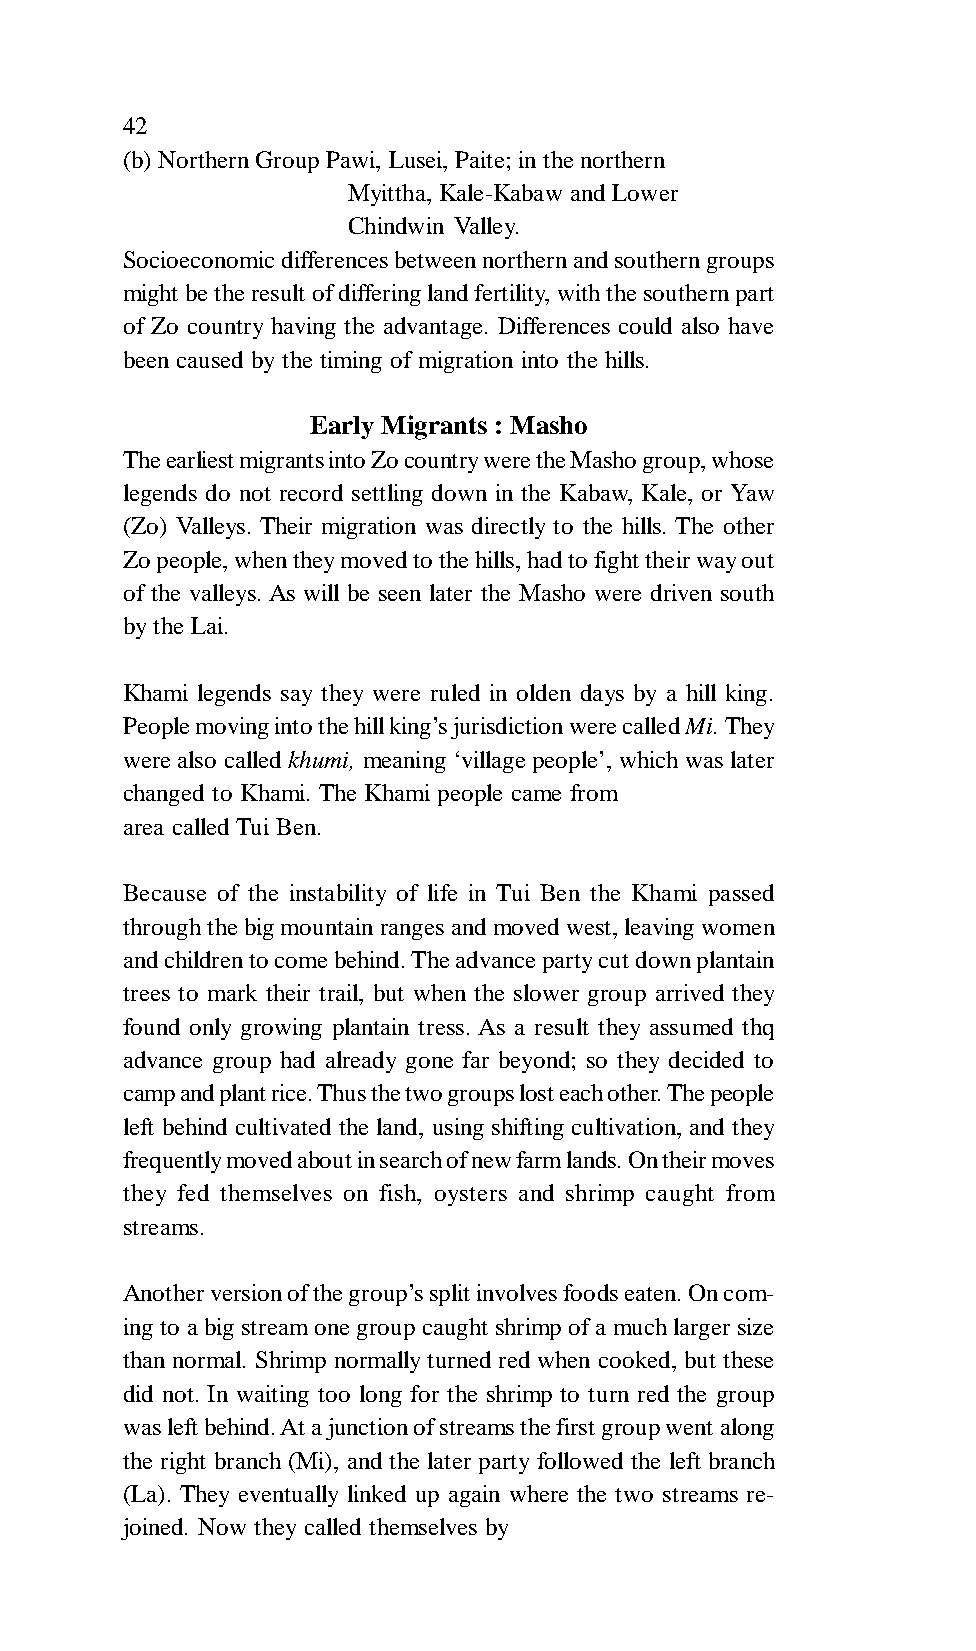
42
 (b) Northern Group Pawi, Lusei, Paite; in the northern
 Myittha, Kale-Kabaw and Lower
 Chindwin Valley.
 Socioeconomic differences between northern and southern groups
 might be the result of differing land fertility, with the southern part
 of Zo country having the advantage. Differences could also have
 been caused by the timing of migration into the hills.
 Early Migrants : Masho
 The earliest migrants into Zo country were the Masho group, whose
 legends do not record settling down in the Kabaw, Kale, or Yaw
 (Zo) Valleys. Their migration was directly to the hills. The other
 Zo people, when they moved to the hills, had to fight their way out
 of the valleys. As will be seen later the Masho were driven south
 by the Lai.
 Khami legends say they were ruled in olden days by a hill king.
 People moving into the hill king’s jurisdiction were called Mi. They
 were also called khumi, meaning ‘village people’, which was later
 changed to Khami. The Khami people came from
 area called Tui Ben.
 Because of the instability of life in Tui Ben the Khami passed
 through the big mountain ranges and moved west, leaving women
 and children to come behind. The advance party cut down plantain
 trees to mark their trail, but when the slower group arrived they
 found only growing plantain tress. As a result they assumed thq
 advance group had already gone far beyond; so they decided to
 camp and plant rice. Thus the two groups lost each other. The people
 left behind cultivated the land, using shifting cultivation, and they
 frequently moved about in search of new farm lands. On their moves
 they fed themselves on fish, oysters and shrimp caught from
 streams.
 Another version of the group’s split involves foods eaten. On com-
 ing to a big stream one group caught shrimp of a much larger size
 than normal. Shrimp normally turned red when cooked, but these
 did not. In waiting too long for the shrimp to turn red the group
 was left behind. At a junction of streams the first group went along
 the right branch (Mi), and the later party followed the left branch
 (La). They eventually linked up again where the two streams re-
 joined. Now they called themselves by